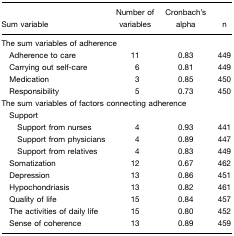
<table><thead><tr><td><b>Sum variable</b></td><td><b>Number of variables</b></td><td><b>Cronbach&#x27;s alpha</b></td><td><b>n</b></td></tr></thead><tbody><tr><td colspan="4">The sum variables of adherence</td></tr><tr><td> Adherence to care</td><td>11</td><td>0.83</td><td>449</td></tr><tr><td> Carrying out self-care</td><td>6</td><td>0.81</td><td>449</td></tr><tr><td> Medication</td><td>3</td><td>0.85</td><td>450</td></tr><tr><td> Responsibility</td><td>5</td><td>0.73</td><td>450</td></tr><tr><td colspan="4">The sum variables of factors connecting adherence</td></tr><tr><td> Support</td><td></td><td></td><td></td></tr><tr><td>Support from nurses</td><td>4</td><td>0.93</td><td>441</td></tr><tr><td>Support from physicians</td><td>4</td><td>0.89</td><td>447</td></tr><tr><td>Support from relatives</td><td>4</td><td>0.83</td><td>449</td></tr><tr><td> Somatization</td><td>12</td><td>0.67</td><td>462</td></tr><tr><td> Depression</td><td>13</td><td>0.86</td><td>451</td></tr><tr><td> Hypochondriasis</td><td>13</td><td>0.82</td><td>461</td></tr><tr><td> Quality of life</td><td>15</td><td>0.84</td><td>457</td></tr><tr><td> The activities of daily life</td><td>15</td><td>0.80</td><td>452</td></tr><tr><td> Sense of coherence</td><td>13</td><td>0.89</td><td>459</td></tr></tbody></table>